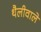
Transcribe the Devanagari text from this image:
थैलीवाले